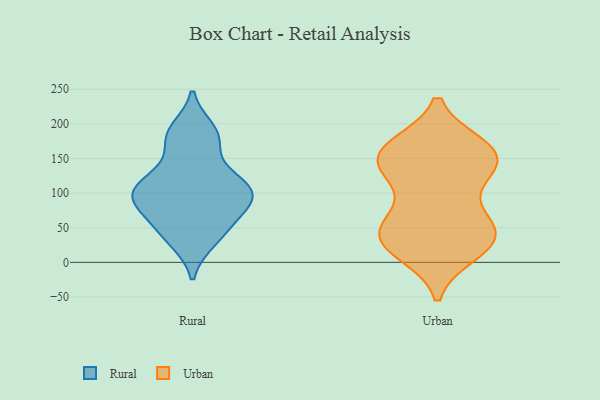
{"axis": {"x": "Waste Production (Tons)", "y": "Value"}, "legend": ["Rural", "Urban"], "data": [{"x": "", "y": 31, "type": "Rural"}, {"x": "", "y": 89, "type": "Rural"}, {"x": "", "y": 95, "type": "Rural"}, {"x": "", "y": 99, "type": "Rural"}, {"x": "", "y": 181, "type": "Rural"}, {"x": "", "y": 191, "type": "Rural"}, {"x": "", "y": 176, "type": "Rural"}, {"x": "", "y": 116, "type": "Rural"}, {"x": "", "y": 98, "type": "Rural"}, {"x": "", "y": 59, "type": "Rural"}, {"x": "", "y": 38, "type": "Rural"}, {"x": "", "y": 130, "type": "Rural"}, {"x": "", "y": 109, "type": "Rural"}, {"x": "", "y": 70, "type": "Rural"}, {"x": "", "y": 55, "type": "Urban"}, {"x": "", "y": 153, "type": "Urban"}, {"x": "", "y": 154, "type": "Urban"}, {"x": "", "y": 164, "type": "Urban"}, {"x": "", "y": 124, "type": "Urban"}, {"x": "", "y": 42, "type": "Urban"}, {"x": "", "y": 48, "type": "Urban"}, {"x": "", "y": 22, "type": "Urban"}, {"x": "", "y": 47, "type": "Urban"}, {"x": "", "y": 26, "type": "Urban"}, {"x": "", "y": 125, "type": "Urban"}, {"x": "", "y": 75, "type": "Urban"}, {"x": "", "y": 167, "type": "Urban"}, {"x": "", "y": 28, "type": "Urban"}, {"x": "", "y": 167, "type": "Urban"}, {"x": "", "y": 142, "type": "Urban"}, {"x": "", "y": 15, "type": "Urban"}, {"x": "", "y": 147, "type": "Urban"}]}